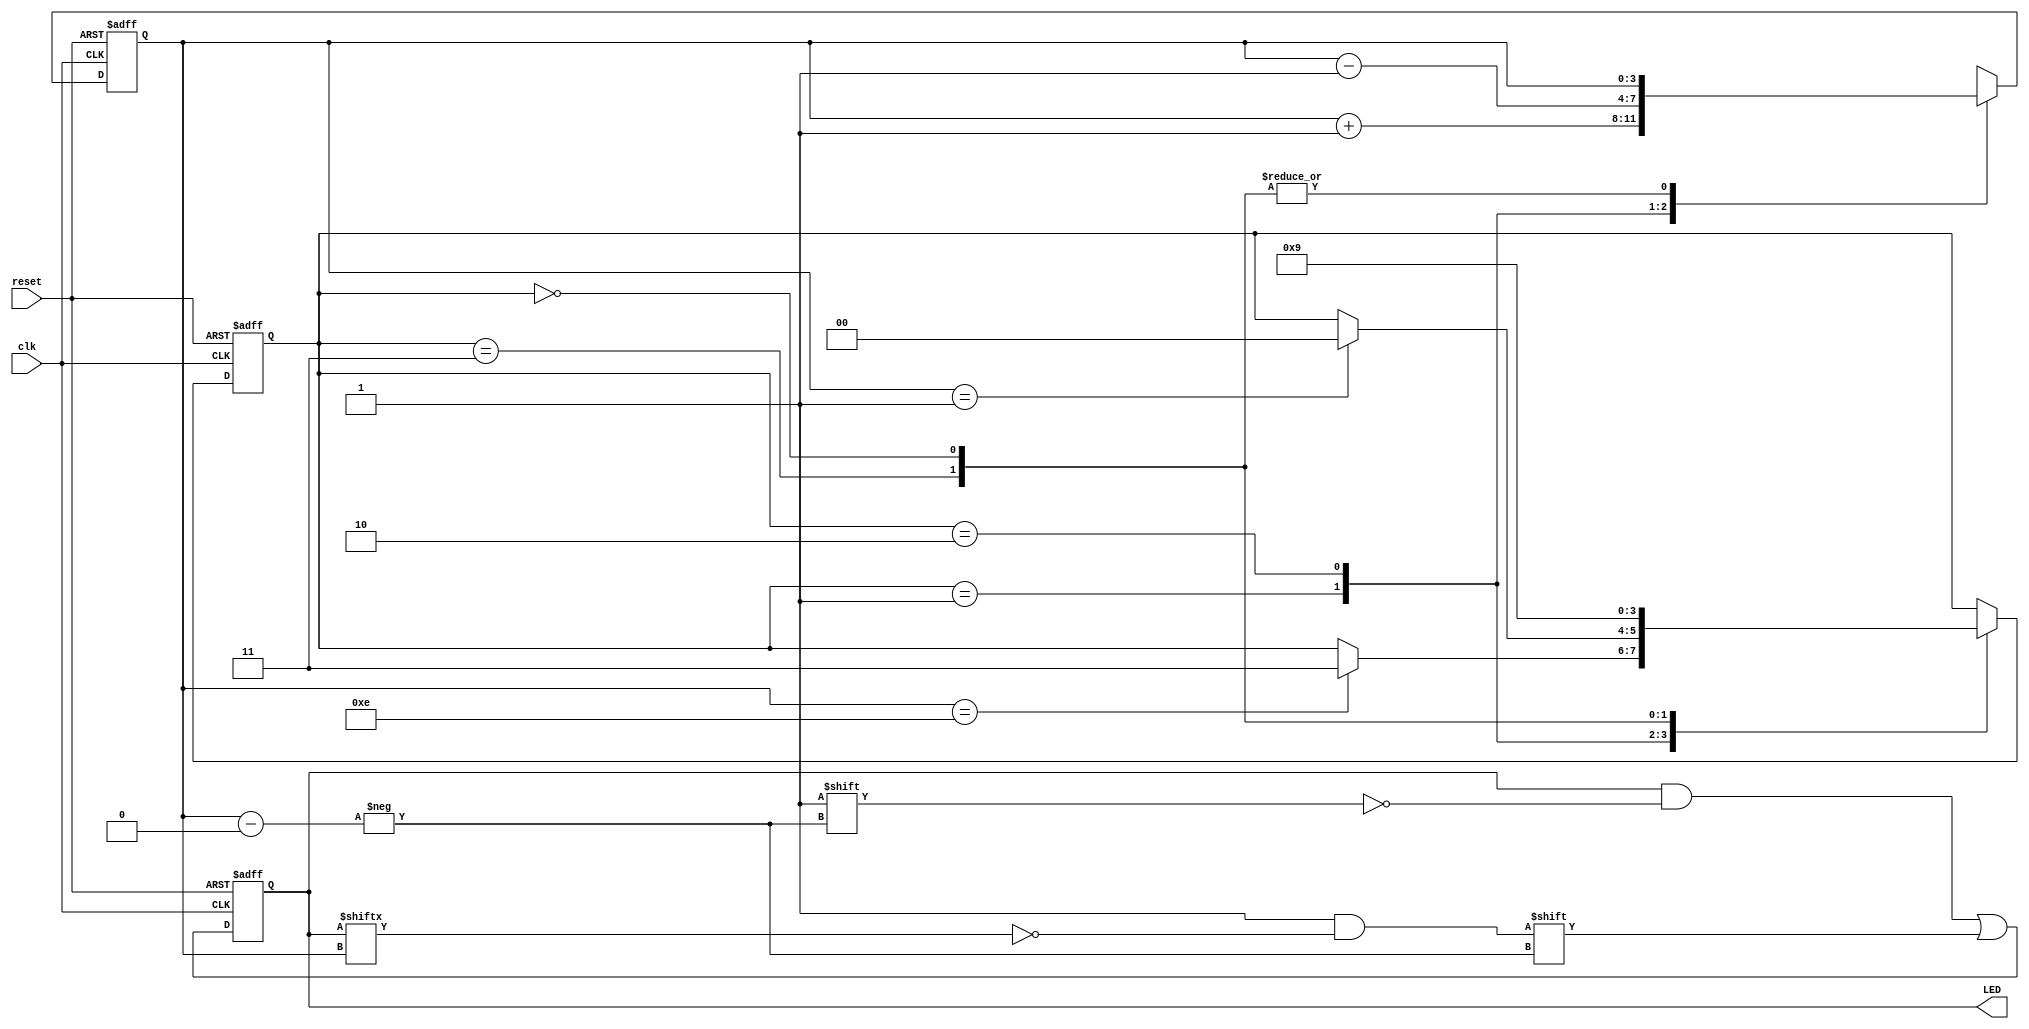
module controller(output reg [15:0]LED,
			      input clk,
			      input reset);
			  
reg [3:0]count;
reg flag; 
reg [1:0]dir;

parameter LOW  = 2'b00;
parameter UP   = 2'b01;
parameter DOWN = 2'b10;
parameter HIGH = 2'b11;



always@(posedge clk or posedge reset)begin;
    if(reset)begin
        LED <= 15'b0;
        count <= 4'd8;
        dir = UP;
    end else begin
        LED[count] <= ~LED[count];
        case(dir)
            UP:begin
                    count <= count + 1'd1;
                    if(count == 4'd14)begin
                        dir <= HIGH;
                    end
                 end
            DOWN:begin
                    count <= count - 1'd1;
                    if(count == 4'd1)begin
                        dir <= LOW;
                    end
                 end
            HIGH:begin
                     count <= count;
                     dir   <= DOWN;
                  end
            LOW:begin
                     count <= count;
                     dir   <= UP;
                  end
            default:    dir <= UP;
        endcase
    end    
end


endmodule